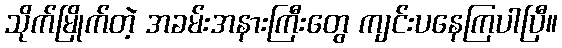
သိုက်မြိုက်တဲ့ အခမ်းအနားကြီးတွေ ကျင်းပနေကြပါပြီ။